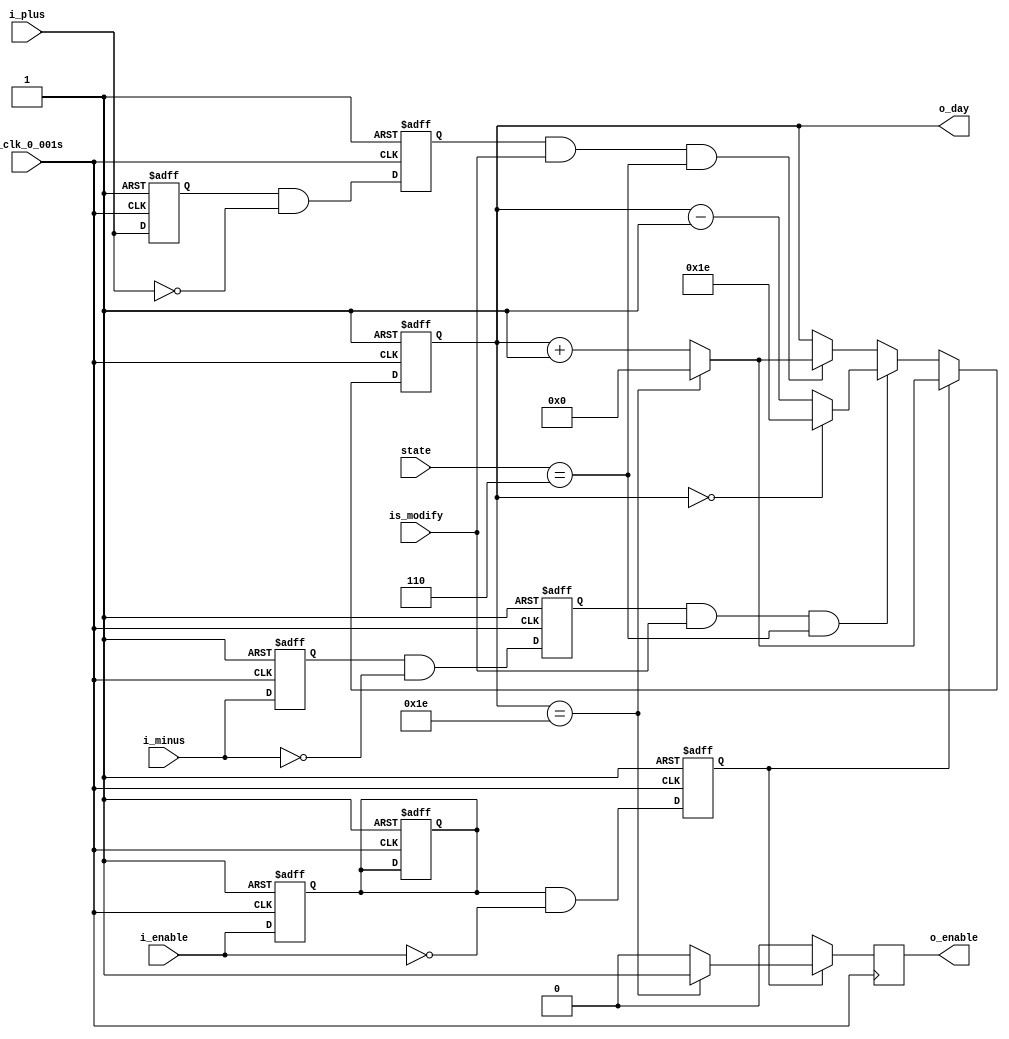
`timescale 1ns / 1ps
//////////////////////////////////////////////////////////////////////////////////
// Company: 
// Engineer: 
// 
// Design Name: 
// Module Name: day
// Project Name: 
// Target Devices: 
// Tool Versions: 
// Description: 
// 
// Dependencies: 
// 
// Revision:
// Revision 0.01 - File Created
// Additional Comments:
// 
//////////////////////////////////////////////////////////////////////////////////


module day(
    input [4:0] state,
    input is_modify,
    input i_plus,
    input i_minus,
    input i_enable,
    input i_clk_0_001s,
    output reg o_enable,
    output reg[14:0] o_day
    );
    
    wire reset = 1;
    
    reg r_enable = 0;
    reg r_enable_falling = 0;
    
    initial
    begin
        o_day <= 8;
        o_enable <= 0;
    end
    
//**************** Calculate the  r_enable_falling ****************//  
  
    always @(posedge i_clk_0_001s, negedge reset)
    begin
        if (reset == 0)
        begin
            r_enable <= 0;
            r_enable_falling <= 0;
        end
        else
        begin
            r_enable <= i_enable;
            r_enable_falling <= r_enable & (~i_enable);
        end
    end    
//**************** Calculate the  r_plus_falling ****************//  
    
    reg r_plus = 0;
    reg r_plus_falling = 0;

    always @(posedge i_clk_0_001s, negedge reset)
    begin
        if (reset == 0)
        begin
            r_plus <= 0;
            r_plus_falling <= 0;
        end
        else
        begin
            r_plus <= i_plus;
            r_plus_falling <= r_plus & (~i_plus);
        end
    end    

//**************** Calculate the  r_minus_falling ****************//
    
    reg r_minus = 0;
    reg r_minus_falling = 0;
    
    always @(posedge i_clk_0_001s, negedge reset)
    begin
        if (reset == 0)
        begin
            r_minus <= 0;
            r_minus_falling <= 0;
        end
        else
        begin
            r_minus <= i_minus;
            r_minus_falling <= r_minus & (~i_minus);
        end
    end        
    
    
    
//************************ Set the minute *******************************//    
    
    
    always @(posedge i_clk_0_001s, negedge reset)
    begin
        if (reset == 0)
        begin
            o_day <= 0;
            r_enable <= 0;
        end
        else
        begin
            if (r_enable_falling == 1)
            begin
                if (o_day == 30)
                begin
                    o_day <= 0;
                    o_enable <= 1;
                end
                else
                begin
                    o_day <= o_day + 1;
                    o_enable <= 0;
                end
            end
            else if (r_minus_falling == 1 && is_modify == 1 && state == 6)
            begin
                if (o_day == 0)
                    o_day <= 30;
                else
                    o_day <= o_day - 1;
                o_enable <= 0;
            end
            else if (r_plus_falling == 1 && is_modify == 1 && state == 6)
            begin
                if (o_day == 30)
                    o_day <= 0;
                else
                    o_day <= o_day + 1;
                o_enable <= 0;
            end
            else
            begin
                o_day <= o_day;
                o_enable <= 0;
            end
        end    
    end
    
endmodule